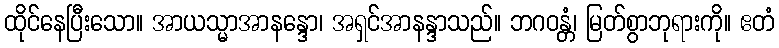
ထိုင်နေပြီးသော။ အာယသ္မာအာနန္ဒော၊ အရှင်အာနန္ဒာသည်။ ဘဂဝန္တံ၊ မြတ်စွာဘုရားကို။ ဧတံ